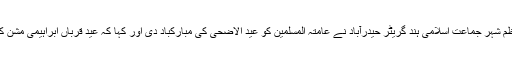
ستمبر : ( راست ) : جناب محمد رشاد الدین ناظم شہر جماعت اسلامی ہند گریٹر حیدرآباد نے عامتہ المسلمین کو عید الاضحی کی مبارکباد دی اور کہا کہ عید قرباں ابراہیمی مشن کے لیے حنیف ہو کر جینے کا پیغام دیتی ہے ۔